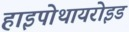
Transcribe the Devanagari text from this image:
हाइपोथायरोइड